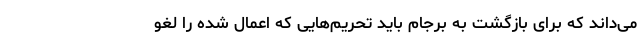
می‌داند که برای بازگشت به برجام باید تحریم‌هایی که اعمال شده را لغو